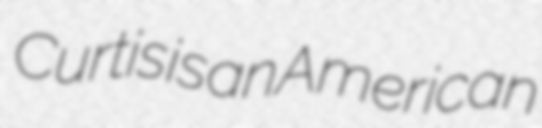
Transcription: Curtis is an American